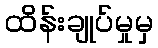
ထိန်းချုပ်မှုမှ